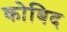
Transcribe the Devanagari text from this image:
कोबिद